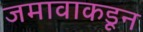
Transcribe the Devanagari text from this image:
जमावाकडून